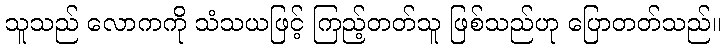
သူသည် လောကကို သံသယဖြင့် ကြည့်တတ်သူ ဖြစ်သည်ဟု ပြောတတ်သည်။